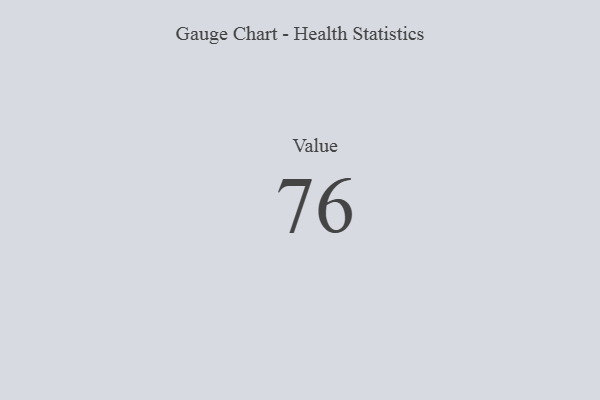
{"axis": {"x": "Metric", "y": "Value"}, "legend": [""], "data": [{"x": "Value", "y": 76, "type": ""}]}